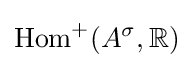
\operatorname {Hom} ^{+}(A^{\sigma },\mathbb {R} )